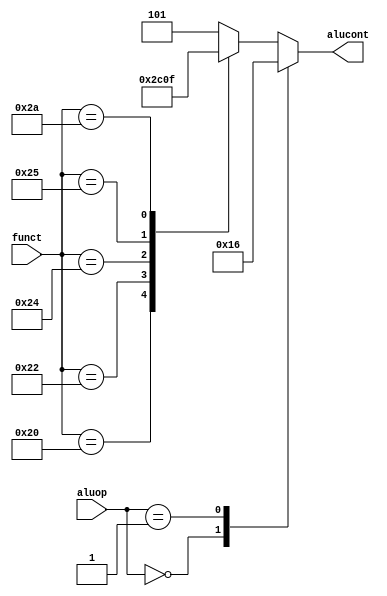
module alucontrol( aluop, funct, alucont ) ;

// this module decodes the 'funct' field from the assembly instruction
// it then determines the type of instruction it is: R, I, J
// and creates a 3-bit control line (alucont) for the ALU itself.

// the ALU will rely onlt on the alucont line and not the funct line.


   input  [1:0] aluop   ;
   input  [5:0] funct   ;
   output [2:0] alucont ;

   reg    [2:0] alucont ;

   always @(*)
      case(aluop)
         2'b00: alucont <= 3'b010;  // add for lb/sb
         2'b01: alucont <= 3'b110;  // sub (for beq)
         default: case(funct)       // R-Type instructions
                     6'b100000: alucont <= 3'b010; // add (for add)
                     6'b100010: alucont <= 3'b110; // subtract (for sub)
                     6'b100100: alucont <= 3'b000; // logical and (for and)
                     6'b100101: alucont <= 3'b001; // logical or (for or)
                     6'b101010: alucont <= 3'b111; // set on less (for slt)
                     default:   alucont <= 3'b101; // should never happen
                  endcase
      endcase

endmodule